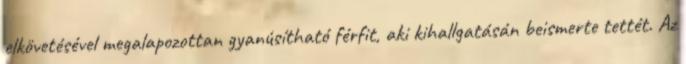
elkövetésével megalapozottan gyanúsítható férfit, aki kihallgatásán beismerte tettét. Az